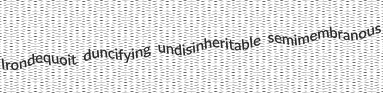
Irondequoit duncifying undisinheritable semimembranous